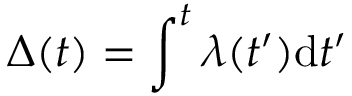
\Delta ( t ) = \int ^ { t } \lambda ( t ^ { \prime } ) \mathrm { d } t ^ { \prime }